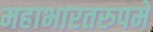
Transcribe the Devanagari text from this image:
महाभारतरुपमे